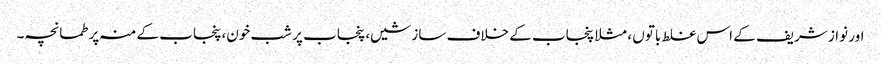
اور نواز شریف کے اس غلط باتوں ، مثلا پنجاب کے خلاف سازشیں، پنجاب پر شب خون، پنجاب کے منہ پر طمانچہ۔